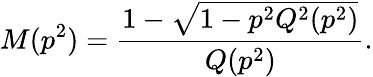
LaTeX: M(p^{2})=\frac{1-\sqrt{1-p^{2}Q^{2}(p^{2})}}{Q(p^{2})}.